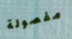
مفصولة